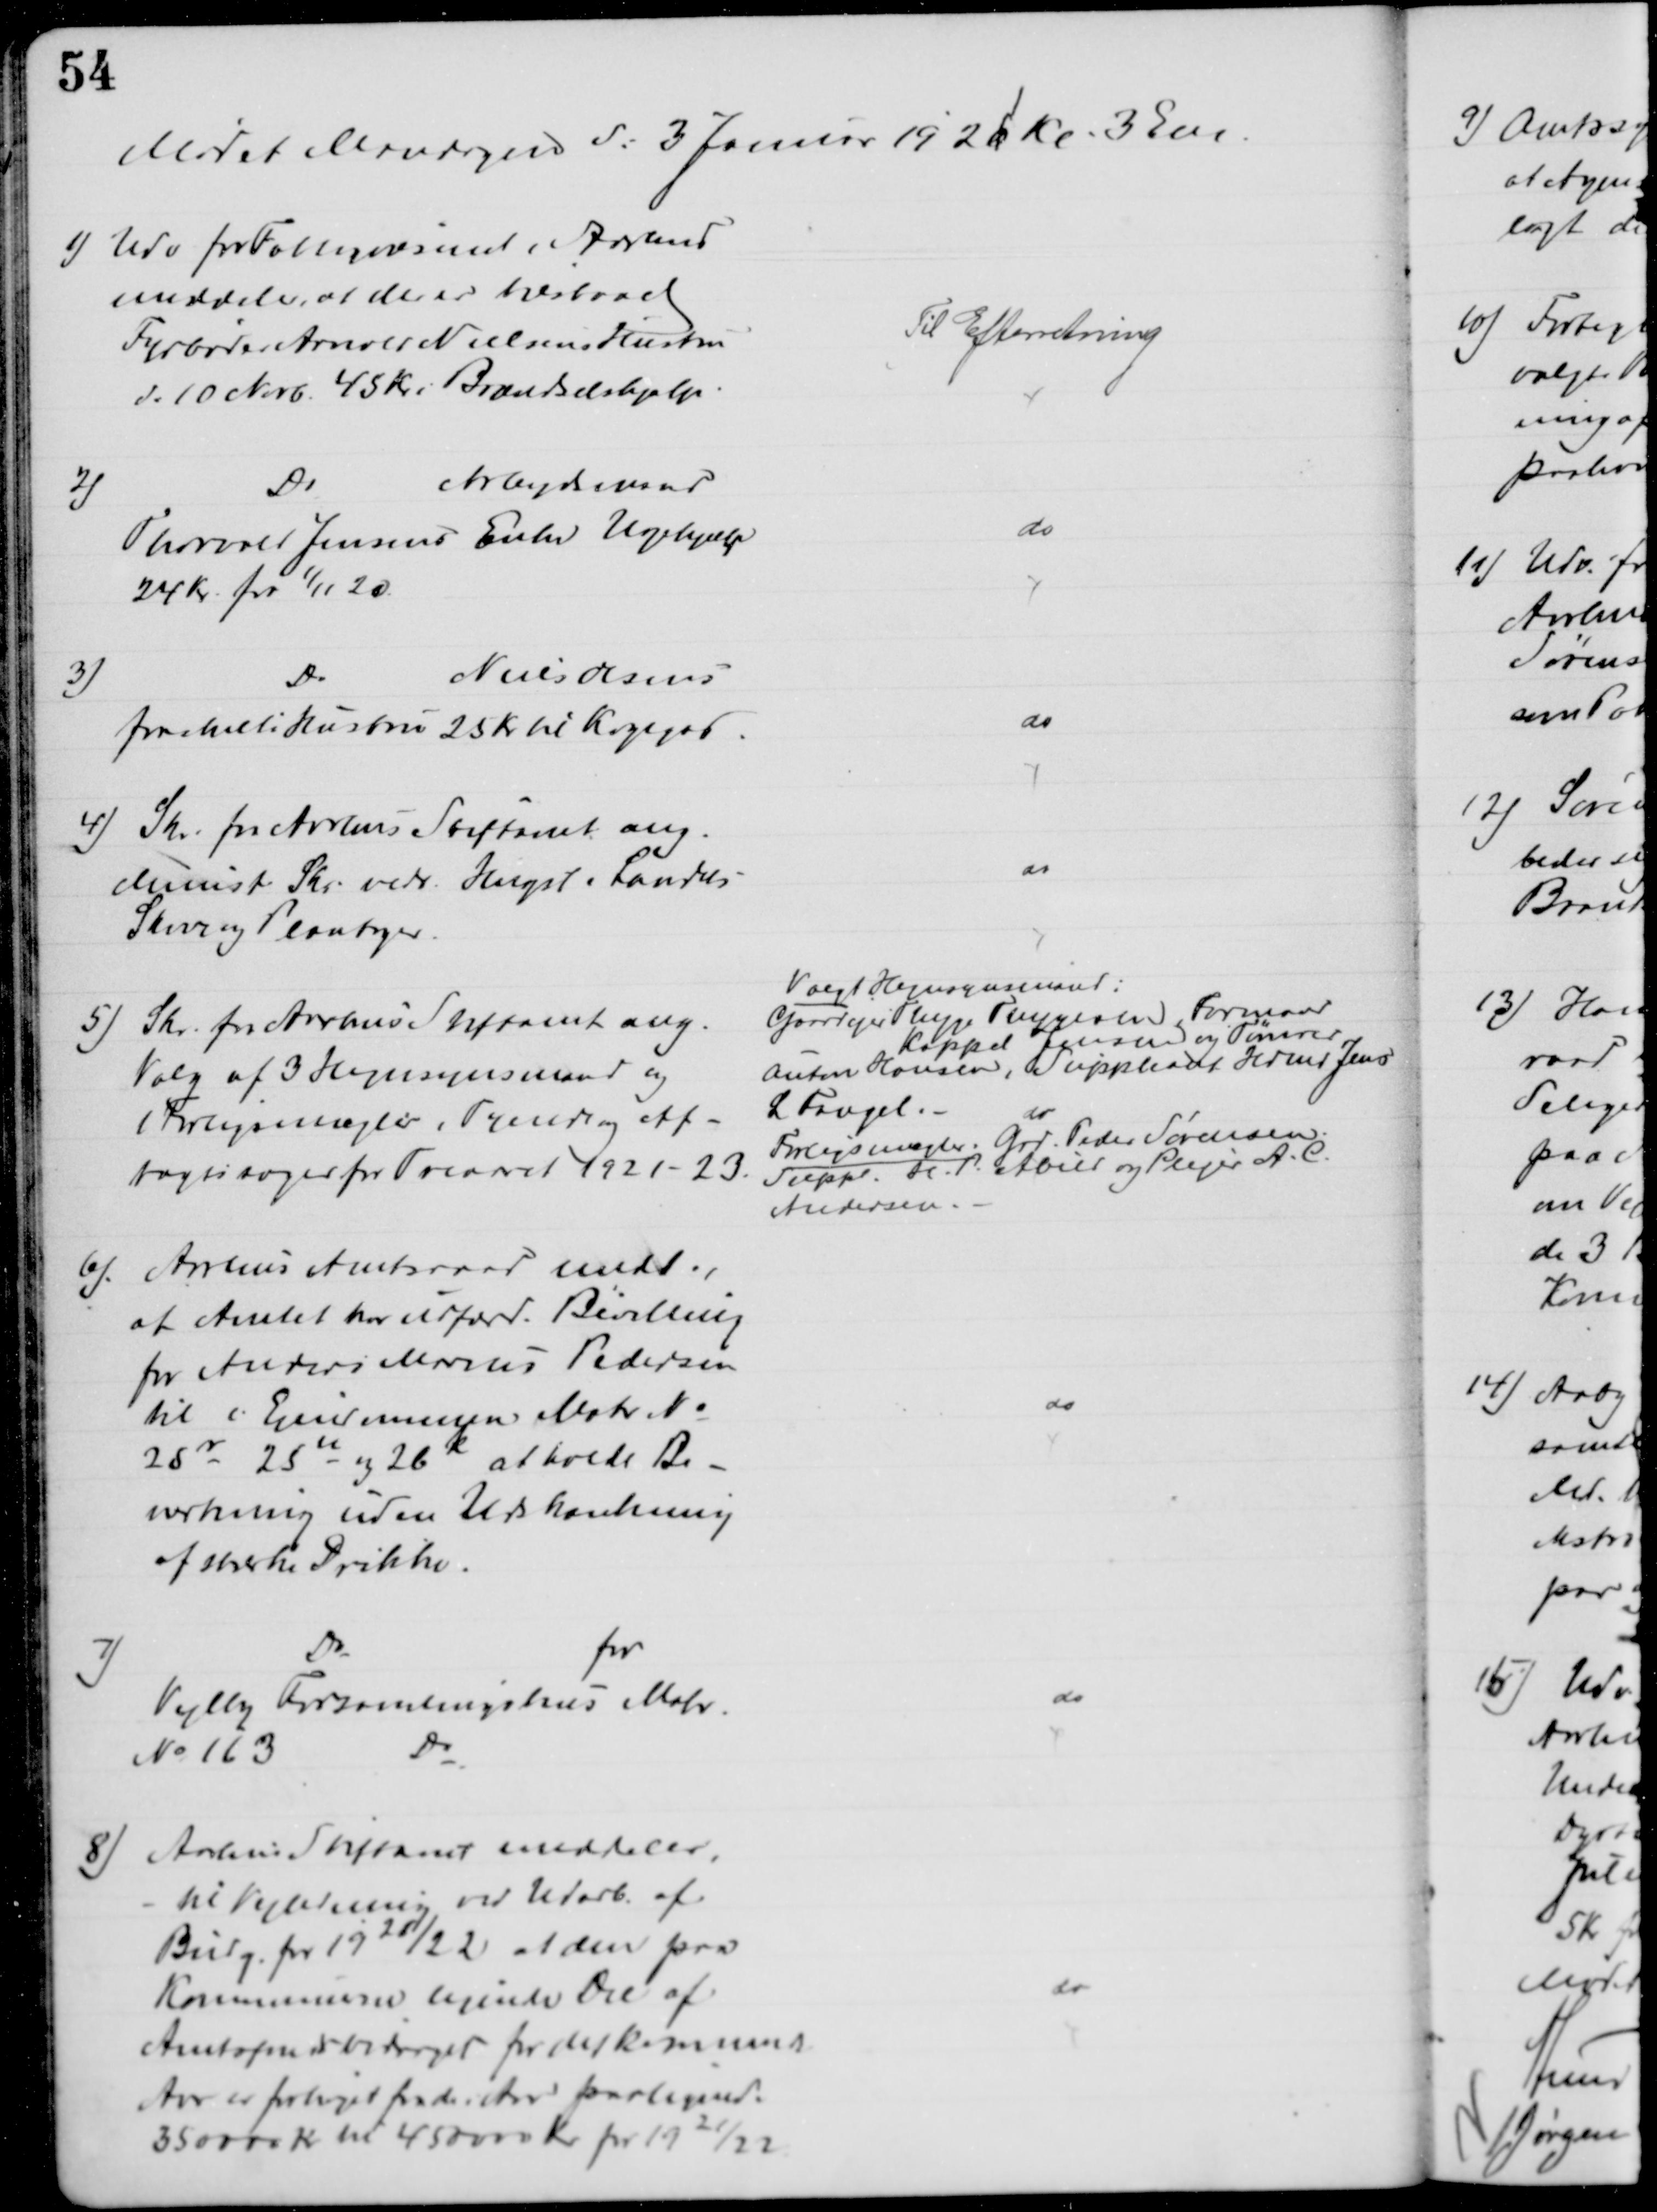
Transskription:
Mødet Mandagen d: 3 Januar 1921 Kr. 3 Em.
1) Udv for Fattigvæsenet i Aarhus
meddeler, at der er tilstaaet
Fyrbøder Arnold Nielsens Hustru
d. 10 Novb. 45 Kr i Brændselshjælp.
Til Efterretning
2)
Do
Arbejdsmand
Thorvald Jensens Enke Ugehjælp
24 Kr. fra 1/11 20.
do
3)
Do
Niels Olsens
fraskilte Hustru 25 Kr til Kogegas
do
4) Skr. fra Aarhus Stiftamt ang.
Minist Skr. vedr. Hugst i Landets
Skove og Plantager.
do
5) Skr. fra Aarhus Stiftamt ang.
Valg af 3 Hegnsynsmænd og
1 Forligsmægler i Tyende og Af-
tægtssager for Treaaret 1921-23.
Valgt Hegnsynsmænd:
Gaardejer Thyge Thygesen, Formand
Kappel Jensen og Tømrer
Anton Hansen, Suppleant Hdmd Jens
L Fangel.
do
Forligsmægler Grd. Peder Sørensen.
Suppl. Do P. Abild og Plejer A. C. 
Andersen.
6). Aarhus Amtsraad medd.,
at Amtet har udfærd. Bevilling
for Anders Marius Pedersen
til i Ejendommen Matr №
25r 25u og 26c at holde Be-
værtning uden Udskænkning
af stærke Drikke.
do
7)
Do
for
Vejlby Forsamlingshus Matr.
№ 163
Do
do
8) Aarhus Stiftamt meddeler,
til Vejledning ved Udarb. af
Budg. for 1921/22 at den paa
Kommunens lignede Del af
Amtsfondsbidraget for det kommende
Aar er forhøjet for de i Aar paalignede
350000 Kr til 450000 Kr pr. 1921/22
do